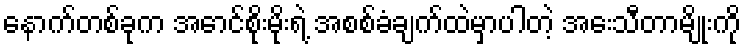
နောက်တစ်ခုက အောင်စိုးမိုးရဲ့ အစစ်ခံချက်ထဲမှာပါတဲ့ အေးသီတာမျိုးကို